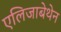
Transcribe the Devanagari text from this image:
एलिजाबेथेन